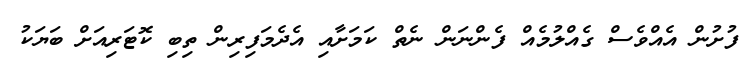
ފުށުން އެއްވެސް ގެއްލުމެއް ފެންނަން ނެތް ކަމަށާއި އެދެމަފިރިން ތިބި ކޮޓަރިއަށް ބަޔަކު